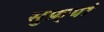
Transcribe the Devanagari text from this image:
सुफ़्यां